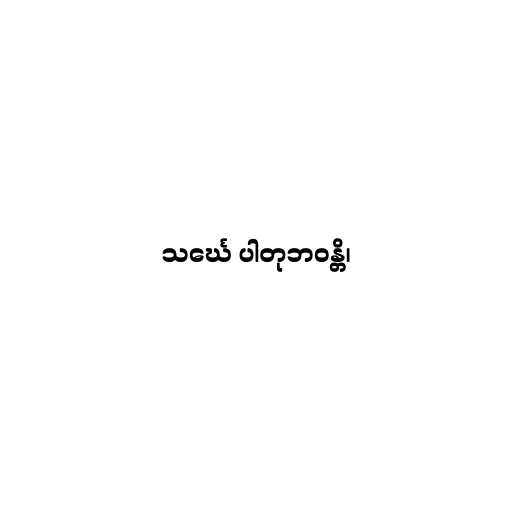
သင်္ဃေ ပါတုဘဝန္တိ၊